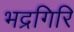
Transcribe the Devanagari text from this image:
भद्रगिरि